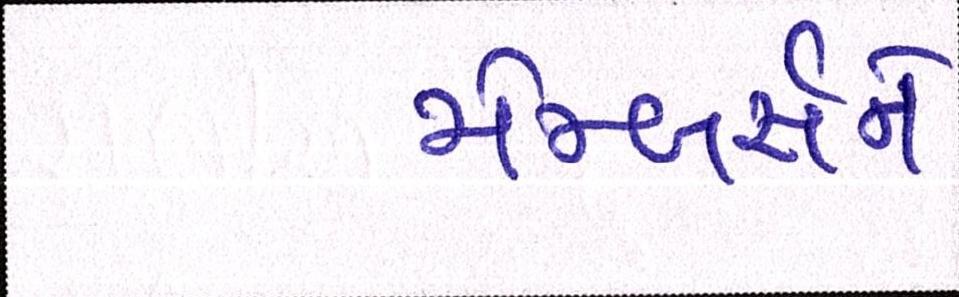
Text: મેમ્બર્સને